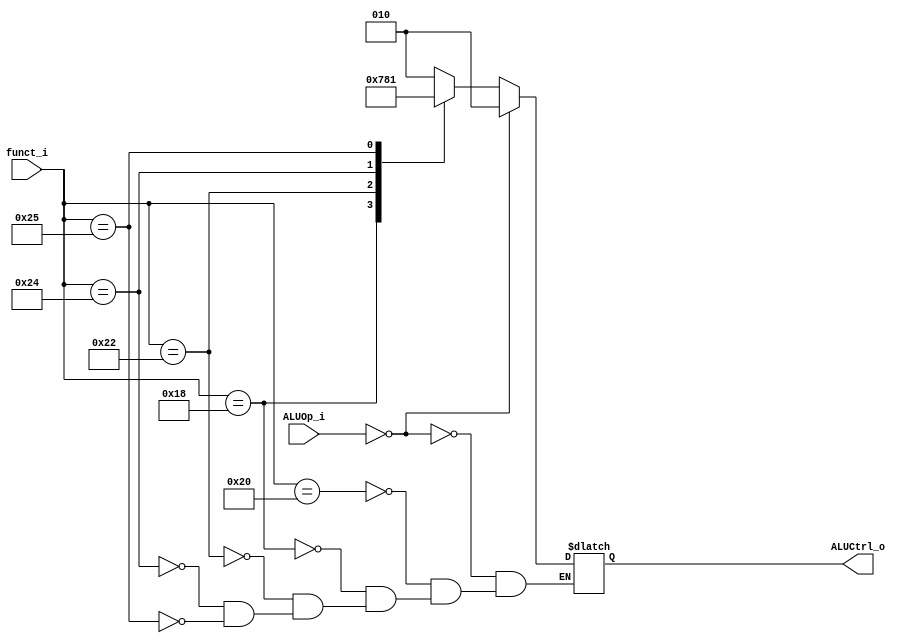
module ALU_Control(funct_i, ALUOp_i, ALUCtrl_o);
  
  output reg [2:0] ALUCtrl_o;
  input  [1:0] ALUOp_i;
  input  [5:0] funct_i;
  
  always@(*)begin
    case(ALUOp_i)
      2'b00: ALUCtrl_o <= 3'b010;
    default:
		  case(funct_i)
          6'b100000: ALUCtrl_o <= 3'b010; //add
          6'b011000: ALUCtrl_o <= 3'b011; //mul
          6'b100010: ALUCtrl_o <= 3'b110; //sub
          6'b100100: ALUCtrl_o <= 3'b000; //and
          6'b100101: ALUCtrl_o <= 3'b001; //or
      endcase
    endcase
  end
endmodule